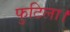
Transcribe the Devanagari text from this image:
फुटिला।